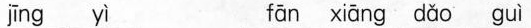
jīng yì fān xiāng dǎo guì